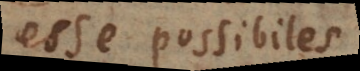
esse possibiles